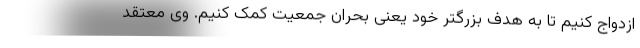
ازدواج کنیم تا به هدف بزرگتر خود یعنی بحران جمعیت کمک کنیم. وی معتقد